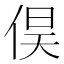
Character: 𮯽